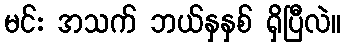
မင်း အသက် ဘယ်နှနှစ် ရှိပြီလဲ။